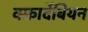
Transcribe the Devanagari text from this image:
क्फ़ार्देबियन